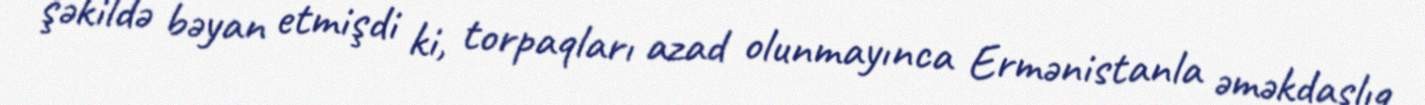
şəkildə bəyan etmişdi ki, torpaqları azad olunmayınca Ermənistanla əməkdaşlıq